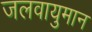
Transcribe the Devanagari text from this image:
जलवायुमान